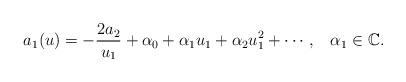
LaTeX: \begin{align*}a_1(u)=-\frac{2a_2}{u_1}+\alpha_0+\alpha_1u_1+\alpha_2u_1^2+\cdots,\,\,\,\,\,\alpha_1\in \mathbb{C}.\end{align*}